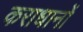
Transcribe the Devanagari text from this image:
कराधानों